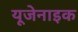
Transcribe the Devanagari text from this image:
यूजेनाइक